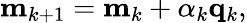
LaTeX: \mathbf{m}_{k+1}=\mathbf{m}_{k}+\alpha_{k}\mathbf{q}_{k},